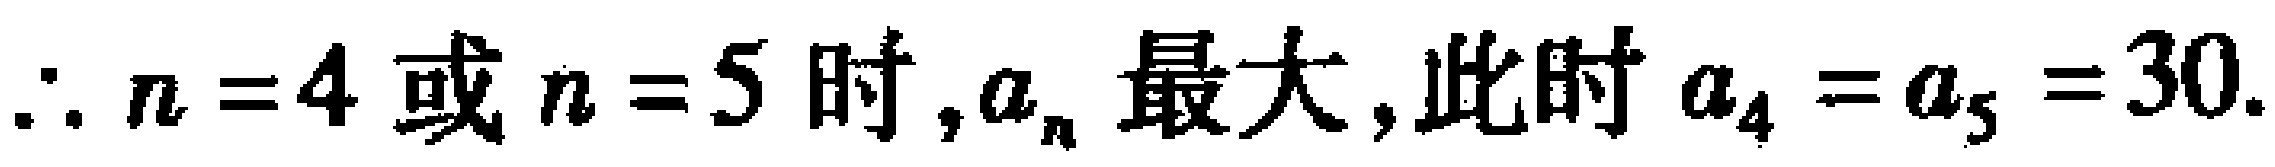
$\therefore n = 4\text{ 或 }n = 5\text{ 时},a_{n}\text{ 最大,此时 }a_{4}=a_{5}=30.$